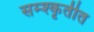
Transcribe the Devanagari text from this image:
सम्श्कृतीत